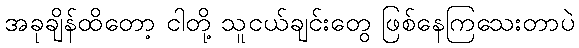
အခုချိန်ထိတော့ ငါတို့ သူငယ်ချင်းတွေ ဖြစ်နေကြသေးတာပဲ